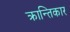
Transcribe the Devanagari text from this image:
क्रान्तिकार